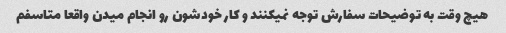
هیچ وقت به توضیحات سفارش توجه نمیکنند و کار خودشون رو انجام میدن واقعا متاسفم